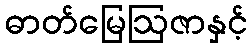
ဓာတ်မြေဩဇာနှင့်